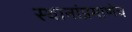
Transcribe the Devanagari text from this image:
स्थानांप्रमाणेच